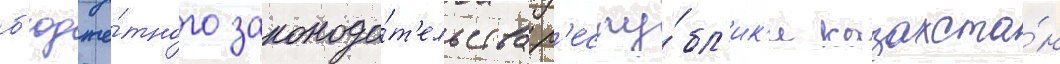
б'юдже́тного законода́т'ельства р'еспу́бл'ик'и казахста́н